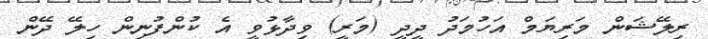
ރިލޭޝަން މަރިޔަމް އަހުމަދު ދީދީ (މަރީ) ވިދާޅުވީ އެ ކުންފުނިން ހިލޭ ދޭން